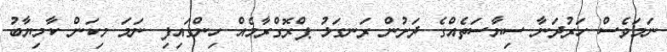
ނަމަވެސް ހަރުދަނާ ސިޔާސަތެއްގެ ދަށުން ރަނގަޅު ޕްރޮގްރާމެއް ހިންގައިފި ނަމަ މިކަން ކާމިޔާބު